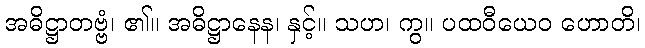
အဓိဋ္ဌာတဗ္ဗံ၊ ၏။ အဓိဋ္ဌာနေန၊ နှင့်။ သဟ၊ ကွ။ ပထဝီယေဝ ဟောတိ၊